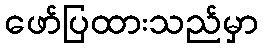
ဖော်ပြထားသည်မှာ